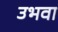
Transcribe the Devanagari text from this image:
उभवा